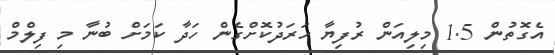
އެގޮތުން 1.5 މިލިއަން ރުފިޔާ ހަރަދުކޮށްގެން ހަދާ ކަމަށް ބުނާ މި ފިލްމް